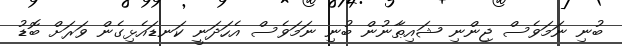
ބުނި ނަމަވެސް ޖިންނި ޝައިޠާނުން ބުނި ނަމަވެސް އެހަދަނީ ކަނޑައެޅިގެން ވަރަށް ބޮޑު